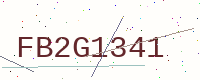
Text: FB2G1341